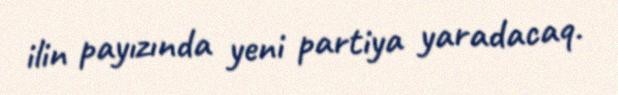
ilin payızında yeni partiya yaradacaq.